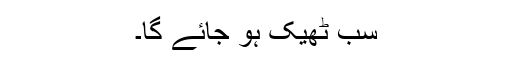
سب ٹھیک ہو جائے گا۔